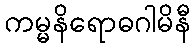
ကမ္မနိရောဓဂါမိနီ